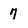
Character: 7